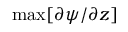
\operatorname* { m a x } [ { \partial \psi } / { \partial z } ]